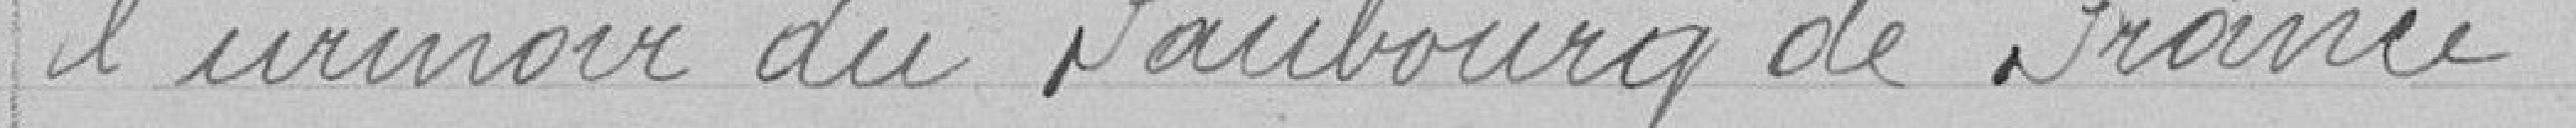
l'urinoir du faubourg de France.